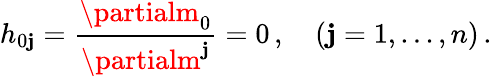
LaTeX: h_{0\mathbf{j}}=\frac{{\partialm_{0}}}{{\partialm^{\mathbf{j}}}}=0\, ,\quad(\mathbf{j}=1,...,n)\, .